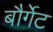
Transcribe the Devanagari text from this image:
बौर्गेट